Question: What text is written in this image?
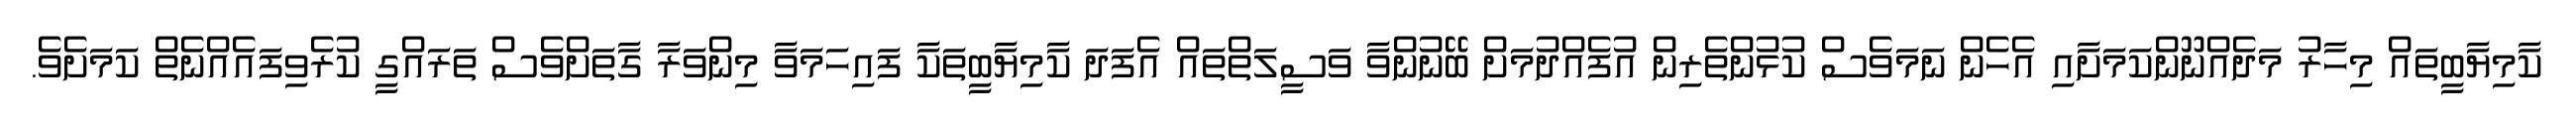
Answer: ކާމިޔާބީތައް މިހާރު މަދެއްނޫންކަމަށާއި އެހެން ނަމަވެސް ކުޅުންތެރިން އުފެއްދުމަށް ބޭނުންވާ ވަސީލަތްތައް އެފަދަ ކާމިޔާބީތަކާ ފައިހަމަވާ މިންވަރާ ގާތަށްވެސް ތަރައްގީ ކުރެވިފައެއްނެތް ކަމަށެވެ.